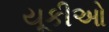
યૂકીઓ